Scientific memoirs by medical officers of the Army of India - Part III,
Year: 1887
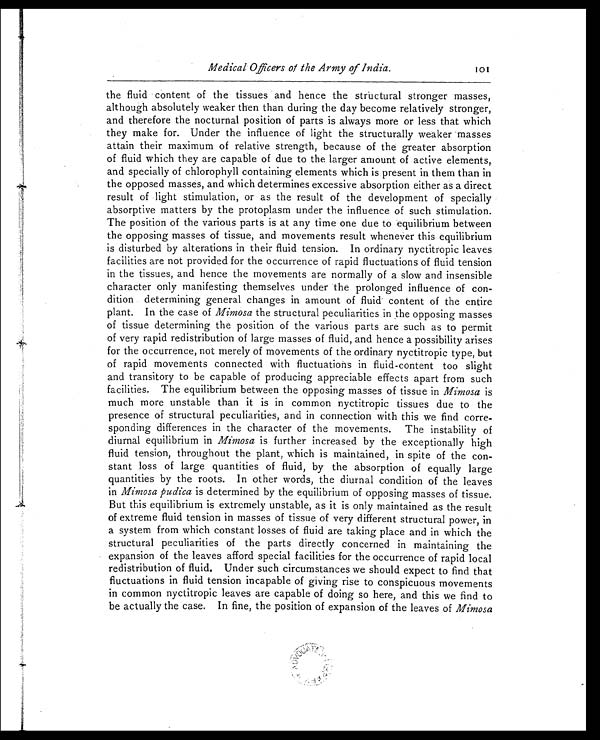
Medical Officers of the Army of India.
the fluid content of the tissues and hence the structural stronger masses,
although absolutely weaker then than during the day become relatively stronger,
and therefore the nocturnal position of parts is always more or less that which
they make for. Under the influence of light the structurally weaker masses
attain their maximum of relative strength, because of the greater absorption
of fluid which they are capable of due to the larger amount of active elements,
and specially of chlorophyll containing elements which is present in them than in
the opposed masses, and which determines excessive absorption either as a direct
result of light stimulation, or as the result of the development of specially
absorptive matters by the protoplasm under the influence of such stimulation.
The position of the various parts is at any time one due to equilibrium between
the opposing masses of tissue, and movements result whenever this equilibrium
is disturbed by alterations in their fluid tension. In ordinary nyctitropic leaves
facilities are not provided for the occurrence of rapid fluctuations of fluid tension
in the tissues, and hence the movements are normally of a slow and insensible
character only manifesting themselves under the prolonged influence of con-
dition determining general changes in amount of fluid content of the entire
plant. In the case of Mimosa the structural peculiarities in the opposing masses
of tissue determining the position of the various parts are such as to permit
of very rapid redistribution of large masses of fluid, and hence a possibility arises
for the occurrence, not merely of movements of the ordinary nyctitropic type, but
of rapid movements connected with fluctuations in fluid-content too slight
and transitory to be capable of producing appreciable effects apart from such
facilities. The equilibrium between the opposing masses of tissue in Mimosa is
much more unstable than it is in common nyctitropic tissues due to the
presence of structural peculiarities, and in connection with this we find corre-
sponding differences in the character of the movements. The instability of
diurnal equilibrium in Mimosa is further increased by the exceptionally high
fluid tension, throughout the plant, which is maintained, in spite of the con-
stant loss of large quantities of fluid, by the absorption of equally large
quantities by the roots. In other words, the diurnal condition of the leaves
in Mimosa pudica is determined by the equilibrium of opposing masses of tissue.
But this equilibrium is extremely unstable, as it is only maintained as the result
of extreme fluid tension in masses of tissue of very different structural power, in
a system from which constant losses of fluid are taking place and in which the
structural peculiarities of the parts directly concerned in maintaining the
expansion of the leaves afford special facilities for the occurrence of rapid local
redistribution of fluid. Under such circumstances we should expect to find that
fluctuations in fluid tension incapable of giving rise to conspicuous movements
in common nyctitropic leaves are capable of doing so here, and this we find to
be actually the case. In fine, the position of expansion of the leaves of Mimosa